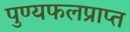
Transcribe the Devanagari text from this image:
पुण्यफलप्राप्त